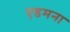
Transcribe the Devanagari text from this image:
एडमना